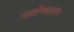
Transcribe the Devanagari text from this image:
मार्तण्डशयन